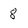
Character: 8